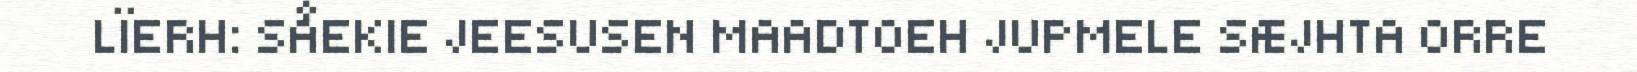
LÏERH: SÅEKIE JEESUSEN MAADTOEH JUPMELE SÆJHTA ORRE